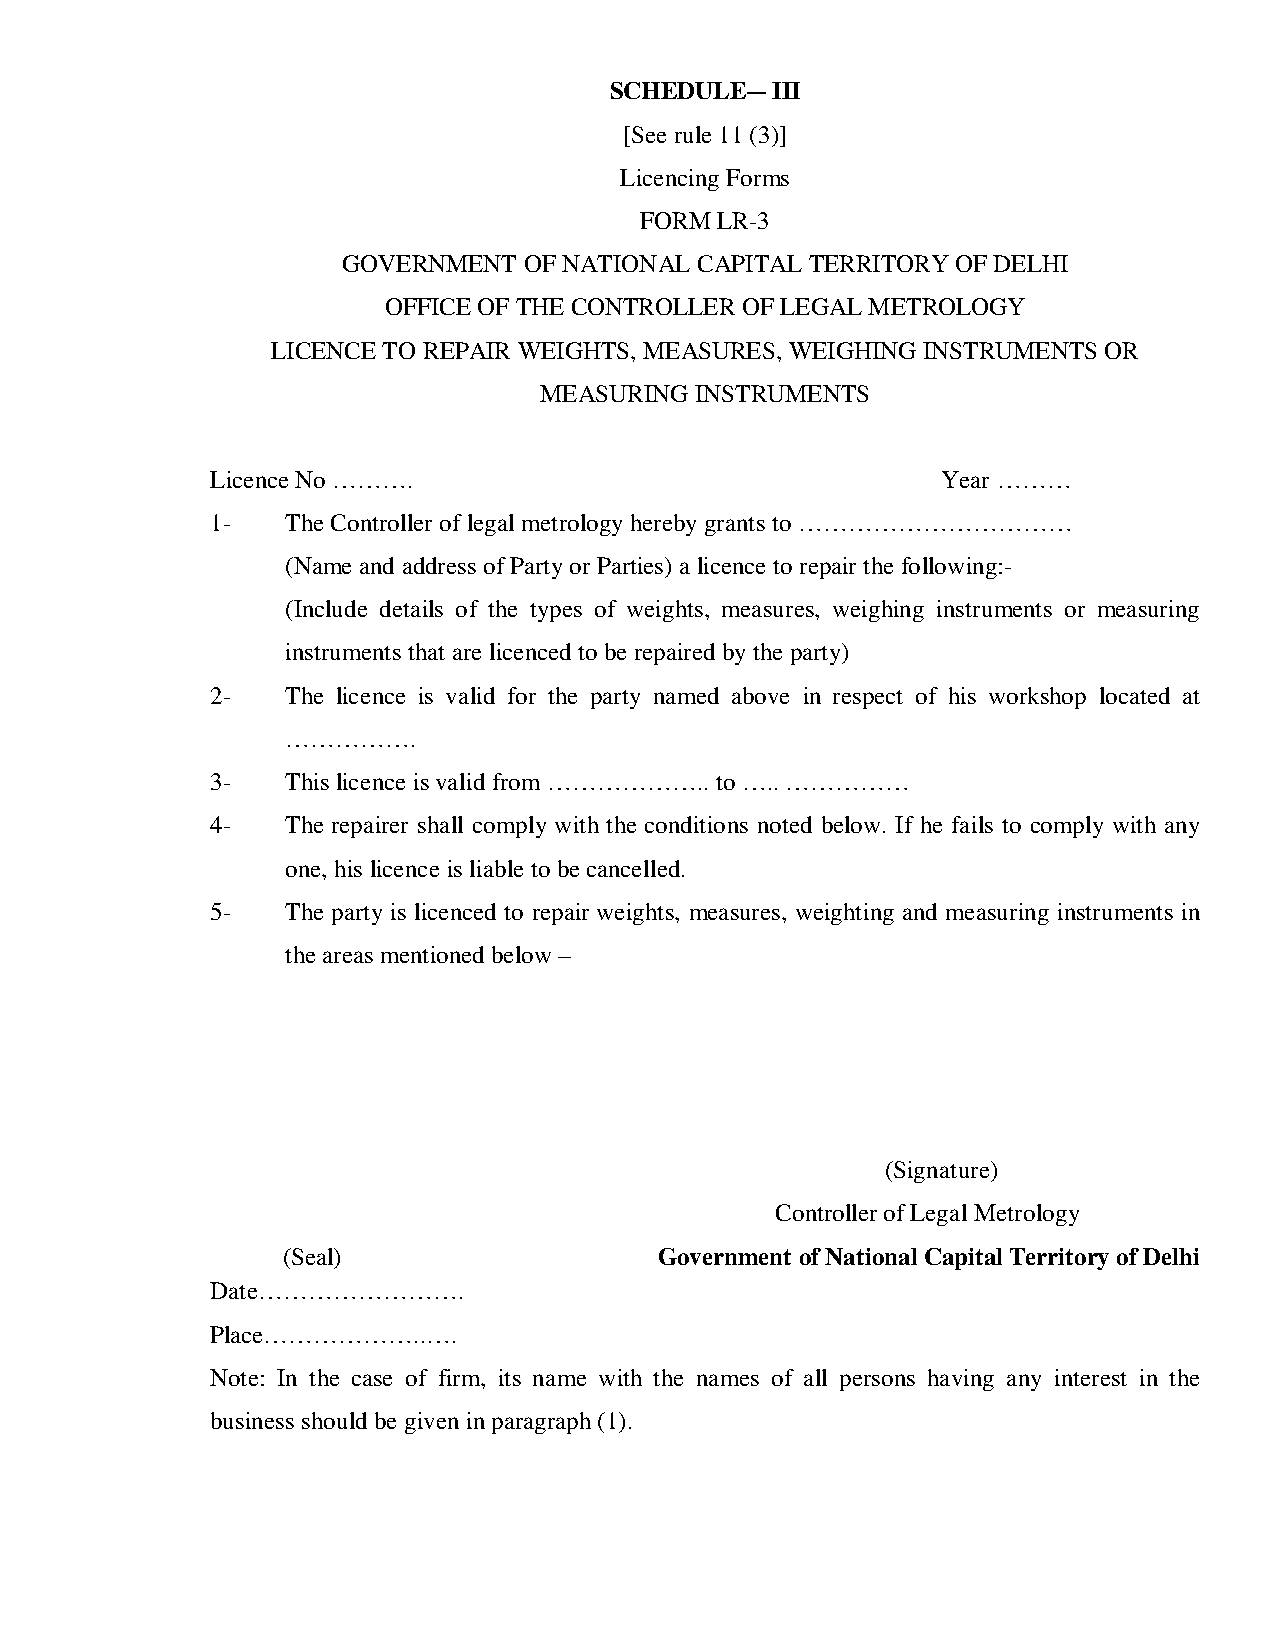
SCHEDULE―  III
 [See rule 11 (3)]
 Licencing Forms
 FORM LR-3
 GOVERNMENT  OF NATIONAL CAPITAL TERRITORY OF DELHI
 OFFICE OF THE CONTROLLER OF LEGAL METROLOGY
 LICENCE TO REPAIR WEIGHTS, MEASURES, WEIGHING INSTRUMENTS OR
 MEASURING INSTRUMENTS
 Licence No ……….                                 Year ………
 1-   The Controller of legal metrology hereby grants to ……………………………
 (Name and address of Party or Parties) a licence to repair the following:-
 (Include details of the types of weights, measures, weighing instruments or measuring
 instruments that are licenced to be repaired by the party)
 2-   The licence is valid for the party named above in respect of his workshop located at
 …………….
 3-   This licence is valid from ……………….. to ….. ……………
 4-   The repairer shall comply with the conditions noted below. If he fails to comply with any
 one, his licence is liable to be cancelled.
 5-   The party is licenced to repair weights, measures, weighting and measuring instruments in
 the areas mentioned below –
 (Signature)
 Controller of Legal Metrology
 (Seal)                   Government of National Capital Territory of Delhi
 Date…………………….
 Place………………..….
 Note: In the case of firm, its name with the names of all persons having any interest in the
 business should be given in paragraph (1).